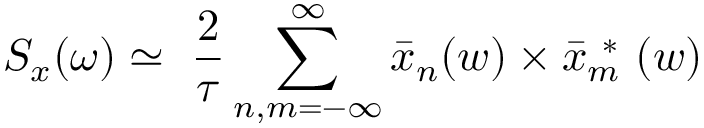
S _ { x } ( \omega ) \simeq \ \frac { 2 } { \tau } \sum _ { n , m = - \infty } ^ { \infty } \bar { x } _ { n } ( w ) \times \bar { x } _ { m } ^ { \mathrm { ~ * ~ } } ( w )